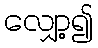
လျှော့၍